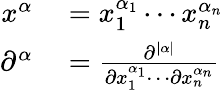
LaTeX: \begin{array}{rl}{x^{\alpha}}&{{}=x_{1}^{\alpha_{1}}\cdots x_{n}^{\alpha_{n}}}\\ {\partial^{\alpha}}&{{}={\frac{\partial^{|\alpha|}}{\partial x_{1}^{\alpha_{1}}\cdots\partial x_{n}^{\alpha_{n}}}}}\end{array}